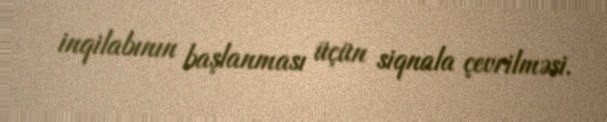
inqilabının başlanması üçün siqnala çevrilməsi.